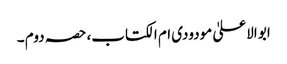
ابو الاعلیٰ مودودی ام الکتاب، حصہ دوم ۔